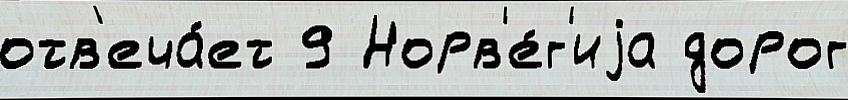
отв'еча́ет 9 Норв'е́г'иjа дорог